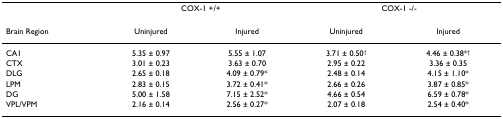
<table><thead><tr><td></td><td colspan="2"><b>COX-1 +/+</b></td><td colspan="2"><b>COX-1 -/-</b></td></tr><tr><td><b>Brain Region</b></td><td><b>Uninjured</b></td><td><b>Injured</b></td><td><b>Uninjured</b></td><td><b>Injured</b></td></tr></thead><tbody><tr><td>CA1</td><td>5.35 ± 0.97</td><td>5.55 ± 1.07</td><td>3.71 ± 0.50<sup>†</sup></td><td>4.46 ± 0.38*<sup>†</sup></td></tr><tr><td>CTX</td><td>3.01 ± 0.23</td><td>3.63 ± 0.70</td><td>2.95 ± 0.22</td><td>3.36 ± 0.35</td></tr><tr><td>DLG</td><td>2.65 ± 0.18</td><td>4.09 ± 0.79*</td><td>2.48 ± 0.14</td><td>4.15 ± 1.10*</td></tr><tr><td>LPM</td><td>2.83 ± 0.15</td><td>3.72 ± 0.41*</td><td>2.66 ± 0.26</td><td>3.87 ± 0.85*</td></tr><tr><td>DG</td><td>5.00 ± 1.58</td><td>7.15 ± 2.52*</td><td>4.66 ± 0.54</td><td>6.59 ± 0.78*</td></tr><tr><td>VPL/VPM</td><td>2.16 ± 0.14</td><td>2.56 ± 0.27*</td><td>2.07 ± 0.18</td><td>2.54 ± 0.40*</td></tr></tbody></table>